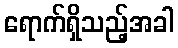
ရောက်ရှိသည့်အခါ